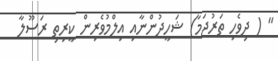
" ( ދިވެހި ތަރުޖަމާ) ޝަހީދުންނާއި އިލްމުވެރިން ކީރިތި ރަސޫލާ